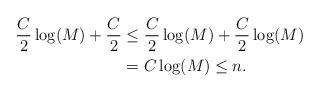
LaTeX: \begin{align*} \frac{C}{2} \log(M)+ \frac{C}{2} &\le \frac{C}{2} \log(M)+ \frac{C}{2}\log(M)\\ &= C\log(M) \le n. \end{align*}